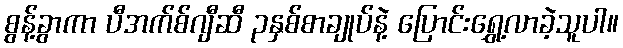
စွန့်ခွာကာ ပီအက်စ်ဂျီဆီ ၃နှစ်စာချုပ်နဲ့ ပြောင်းရွှေ့လာခဲ့သူပါ။